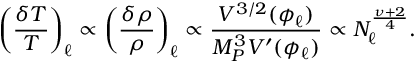
\left( \frac { \delta T } { T } \right) _ { \ell } \propto \left( \frac { \delta \rho } { \rho } \right) _ { \ell } \propto \frac { V ^ { 3 / 2 } ( \phi _ { \ell } ) } { M _ { P } ^ { 3 } V ^ { \prime } ( \phi _ { \ell } ) } \propto N _ { \ell } ^ { \frac { \nu + 2 } { 4 } } .